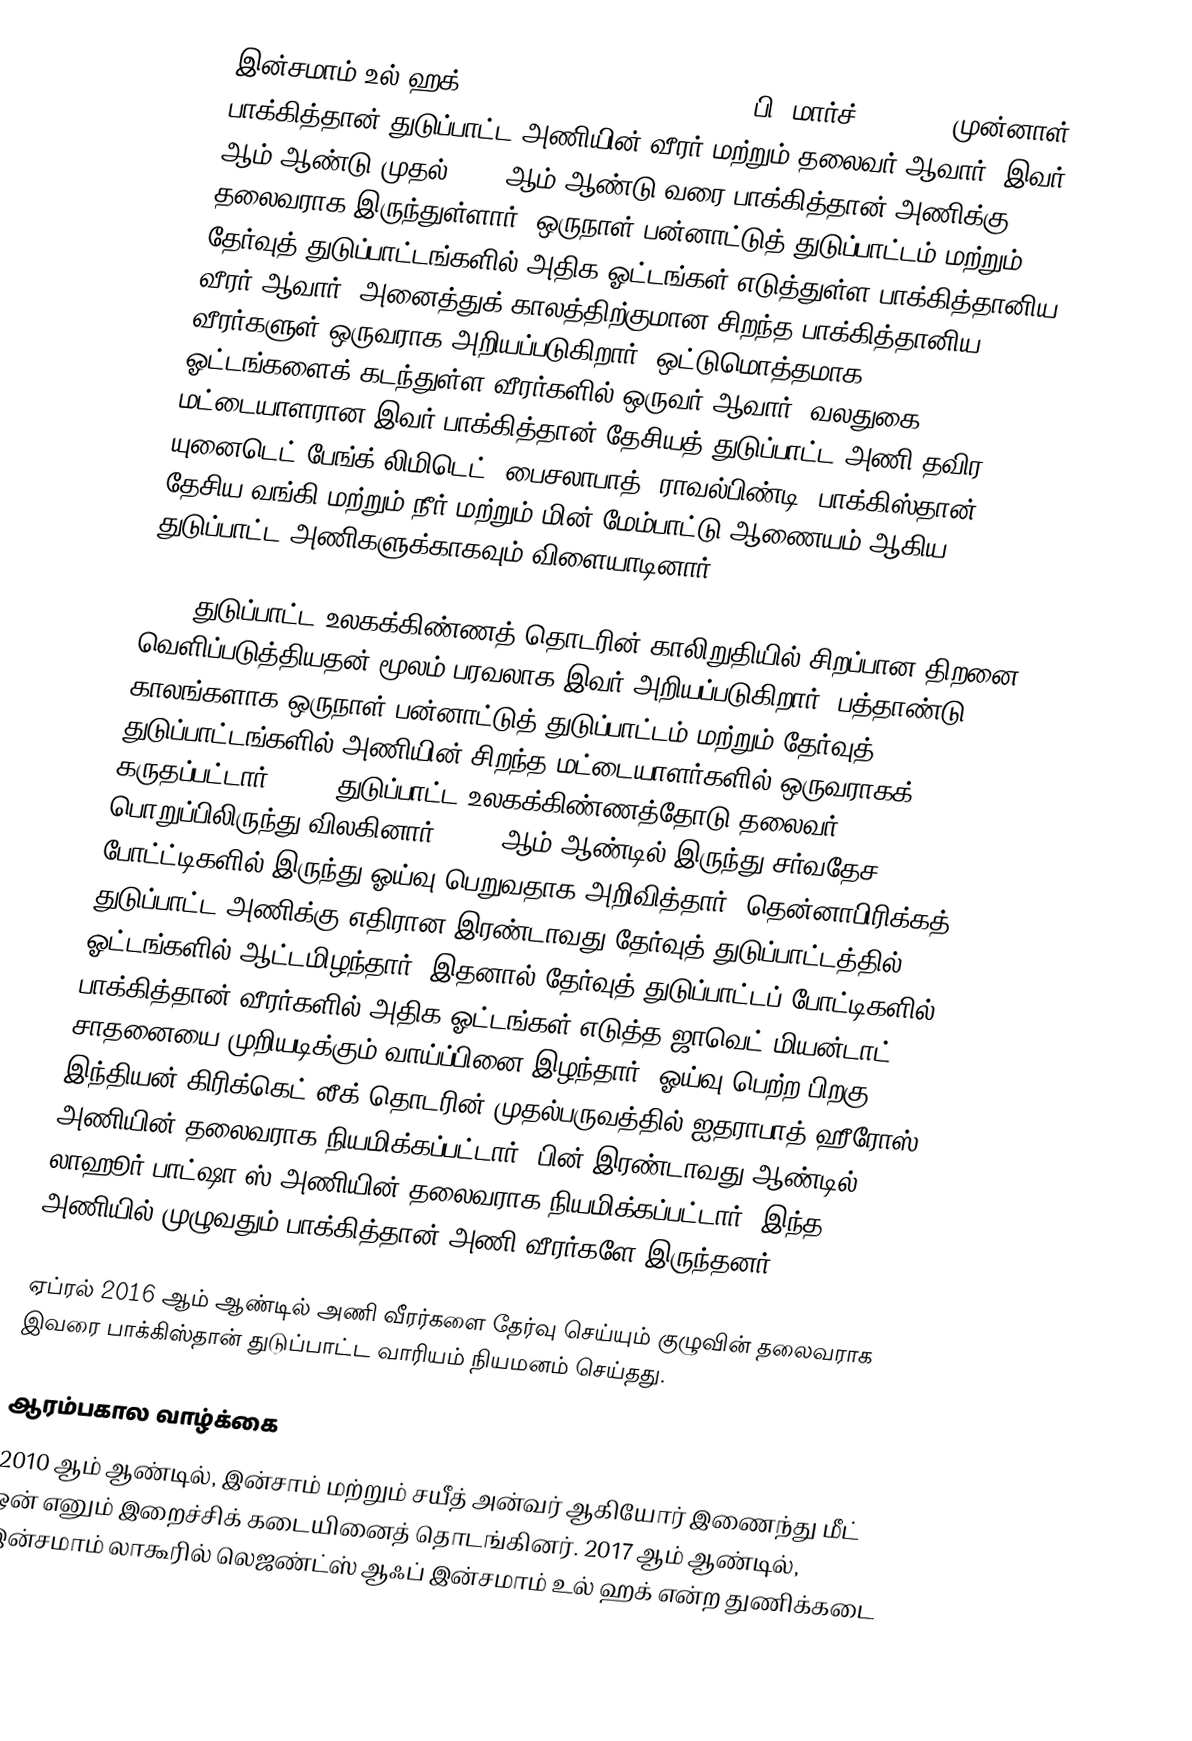
இன்சமாம் உல் ஹக்(Inzamam-ul-Haq (;Punjabi, ;  (பி. மார்ச் 3, 1970)  முன்னாள் பாக்கித்தான் துடுப்பாட்ட அணியின் வீரர் மற்றும் தலைவர் ஆவார். இவர் 2003 ஆம் ஆண்டு முதல் 2007 ஆம் ஆண்டு வரை பாக்கித்தான் அணிக்கு தலைவராக இருந்துள்ளார். ஒருநாள் பன்னாட்டுத் துடுப்பாட்டம் மற்றும் தேர்வுத் துடுப்பாட்டங்களில் அதிக ஓட்டங்கள் எடுத்துள்ள பாக்கித்தானிய வீரர் ஆவார். அனைத்துக் காலத்திற்குமான சிறந்த பாக்கித்தானிய வீரர்களுள் ஒருவராக அறியப்படுகிறார். ஒட்டுமொத்தமாக 10,000 ஓட்டங்களைக் கடந்துள்ள வீரர்களில் ஒருவர் ஆவார். வலதுகை மட்டையாளரான இவர் பாக்கித்தான் தேசியத் துடுப்பாட்ட அணி தவிர யுனைடெட் பேங்க் லிமிடெட், பைசலாபாத், ராவல்பிண்டி, பாக்கிஸ்தான் தேசிய வங்கி மற்றும் நீர் மற்றும் மின் மேம்பாட்டு ஆணையம் ஆகிய துடுப்பாட்ட அணிகளுக்காகவும் விளையாடினார்.

1992 துடுப்பாட்ட உலகக்கிண்ணத் தொடரின் காலிறுதியில் சிறப்பான திறனை வெளிப்படுத்தியதன் மூலம் பரவலாக இவர் அறியப்படுகிறார். பத்தாண்டு காலங்களாக ஒருநாள் பன்னாட்டுத் துடுப்பாட்டம் மற்றும் தேர்வுத் துடுப்பாட்டங்களில் அணியின் சிறந்த மட்டையாளர்களில் ஒருவராகக் கருதப்பட்டார். 2007 துடுப்பாட்ட உலகக்கிண்ணத்தோடு தலைவர் பொறுப்பிலிருந்து விலகினார். 2007 ஆம் ஆண்டில் இருந்து சர்வதேச போட்ட்டிகளில் இருந்து ஓய்வு பெறுவதாக அறிவித்தார். தென்னாபிரிக்கத் துடுப்பாட்ட அணிக்கு எதிரான இரண்டாவது தேர்வுத் துடுப்பாட்டத்தில் 3 ஓட்டங்களில் ஆட்டமிழந்தார். இதனால் தேர்வுத் துடுப்பாட்டப் போட்டிகளில் பாக்கித்தான் வீரர்களில் அதிக ஓட்டங்கள் எடுத்த ஜாவெட் மியன்டாட் சாதனையை முறியடிக்கும் வாய்ப்பினை இழந்தார். ஓய்வு பெற்ற பிறகு இந்தியன் கிரிக்கெட் லீக்  தொடரின் முதல்பருவத்தில் ஐதராபாத் ஹீரோஸ் அணியின் தலைவராக நியமிக்கப்பட்டார்.  பின் இரண்டாவது ஆண்டில் லாஹூர் பாட்ஷா'ஸ் அணியின் தலைவராக நியமிக்கப்பட்டார். இந்த அணியில் முழுவதும் பாக்கித்தான் அணி வீரர்களே இருந்தனர்.

ஏப்ரல் 2016 ஆம் ஆண்டில் அணி வீரர்களை தேர்வு செய்யும் குழுவின் தலைவராக இவரை பாக்கிஸ்தான் துடுப்பாட்ட வாரியம் நியமனம் செய்தது.

ஆரம்பகால வாழ்க்கை
2010 ஆம் ஆண்டில், இன்சாம் மற்றும் சயீத் அன்வர் ஆகியோர் இணைந்து மீட் ஒன் எனும் இறைச்சிக் கடையினைத் தொடங்கினர். 2017 ஆம் ஆண்டில், இன்சமாம் லாகூரில் லெஜண்ட்ஸ் ஆஃப் இன்சமாம் உல் ஹக் என்ற துணிக்கடை